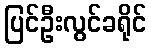
ပြင်ဦးလွင်ခရိုင်